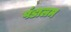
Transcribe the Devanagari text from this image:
पंडालम